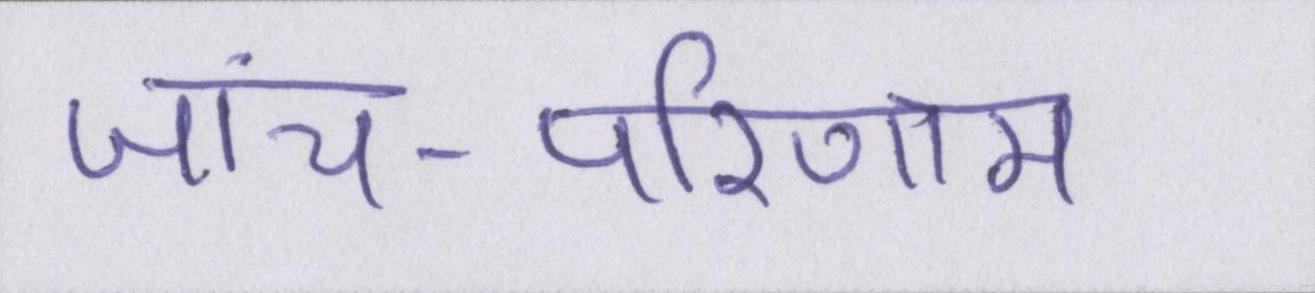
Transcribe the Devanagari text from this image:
जांच-परिणाम